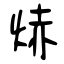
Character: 焃